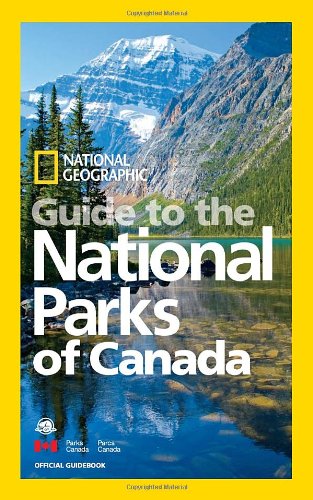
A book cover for National Geographic Guide to the National Parks of Canada; National Geographic; Travel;